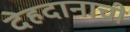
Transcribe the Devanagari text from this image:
देहदानाची